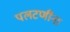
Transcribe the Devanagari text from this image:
पलटणींना